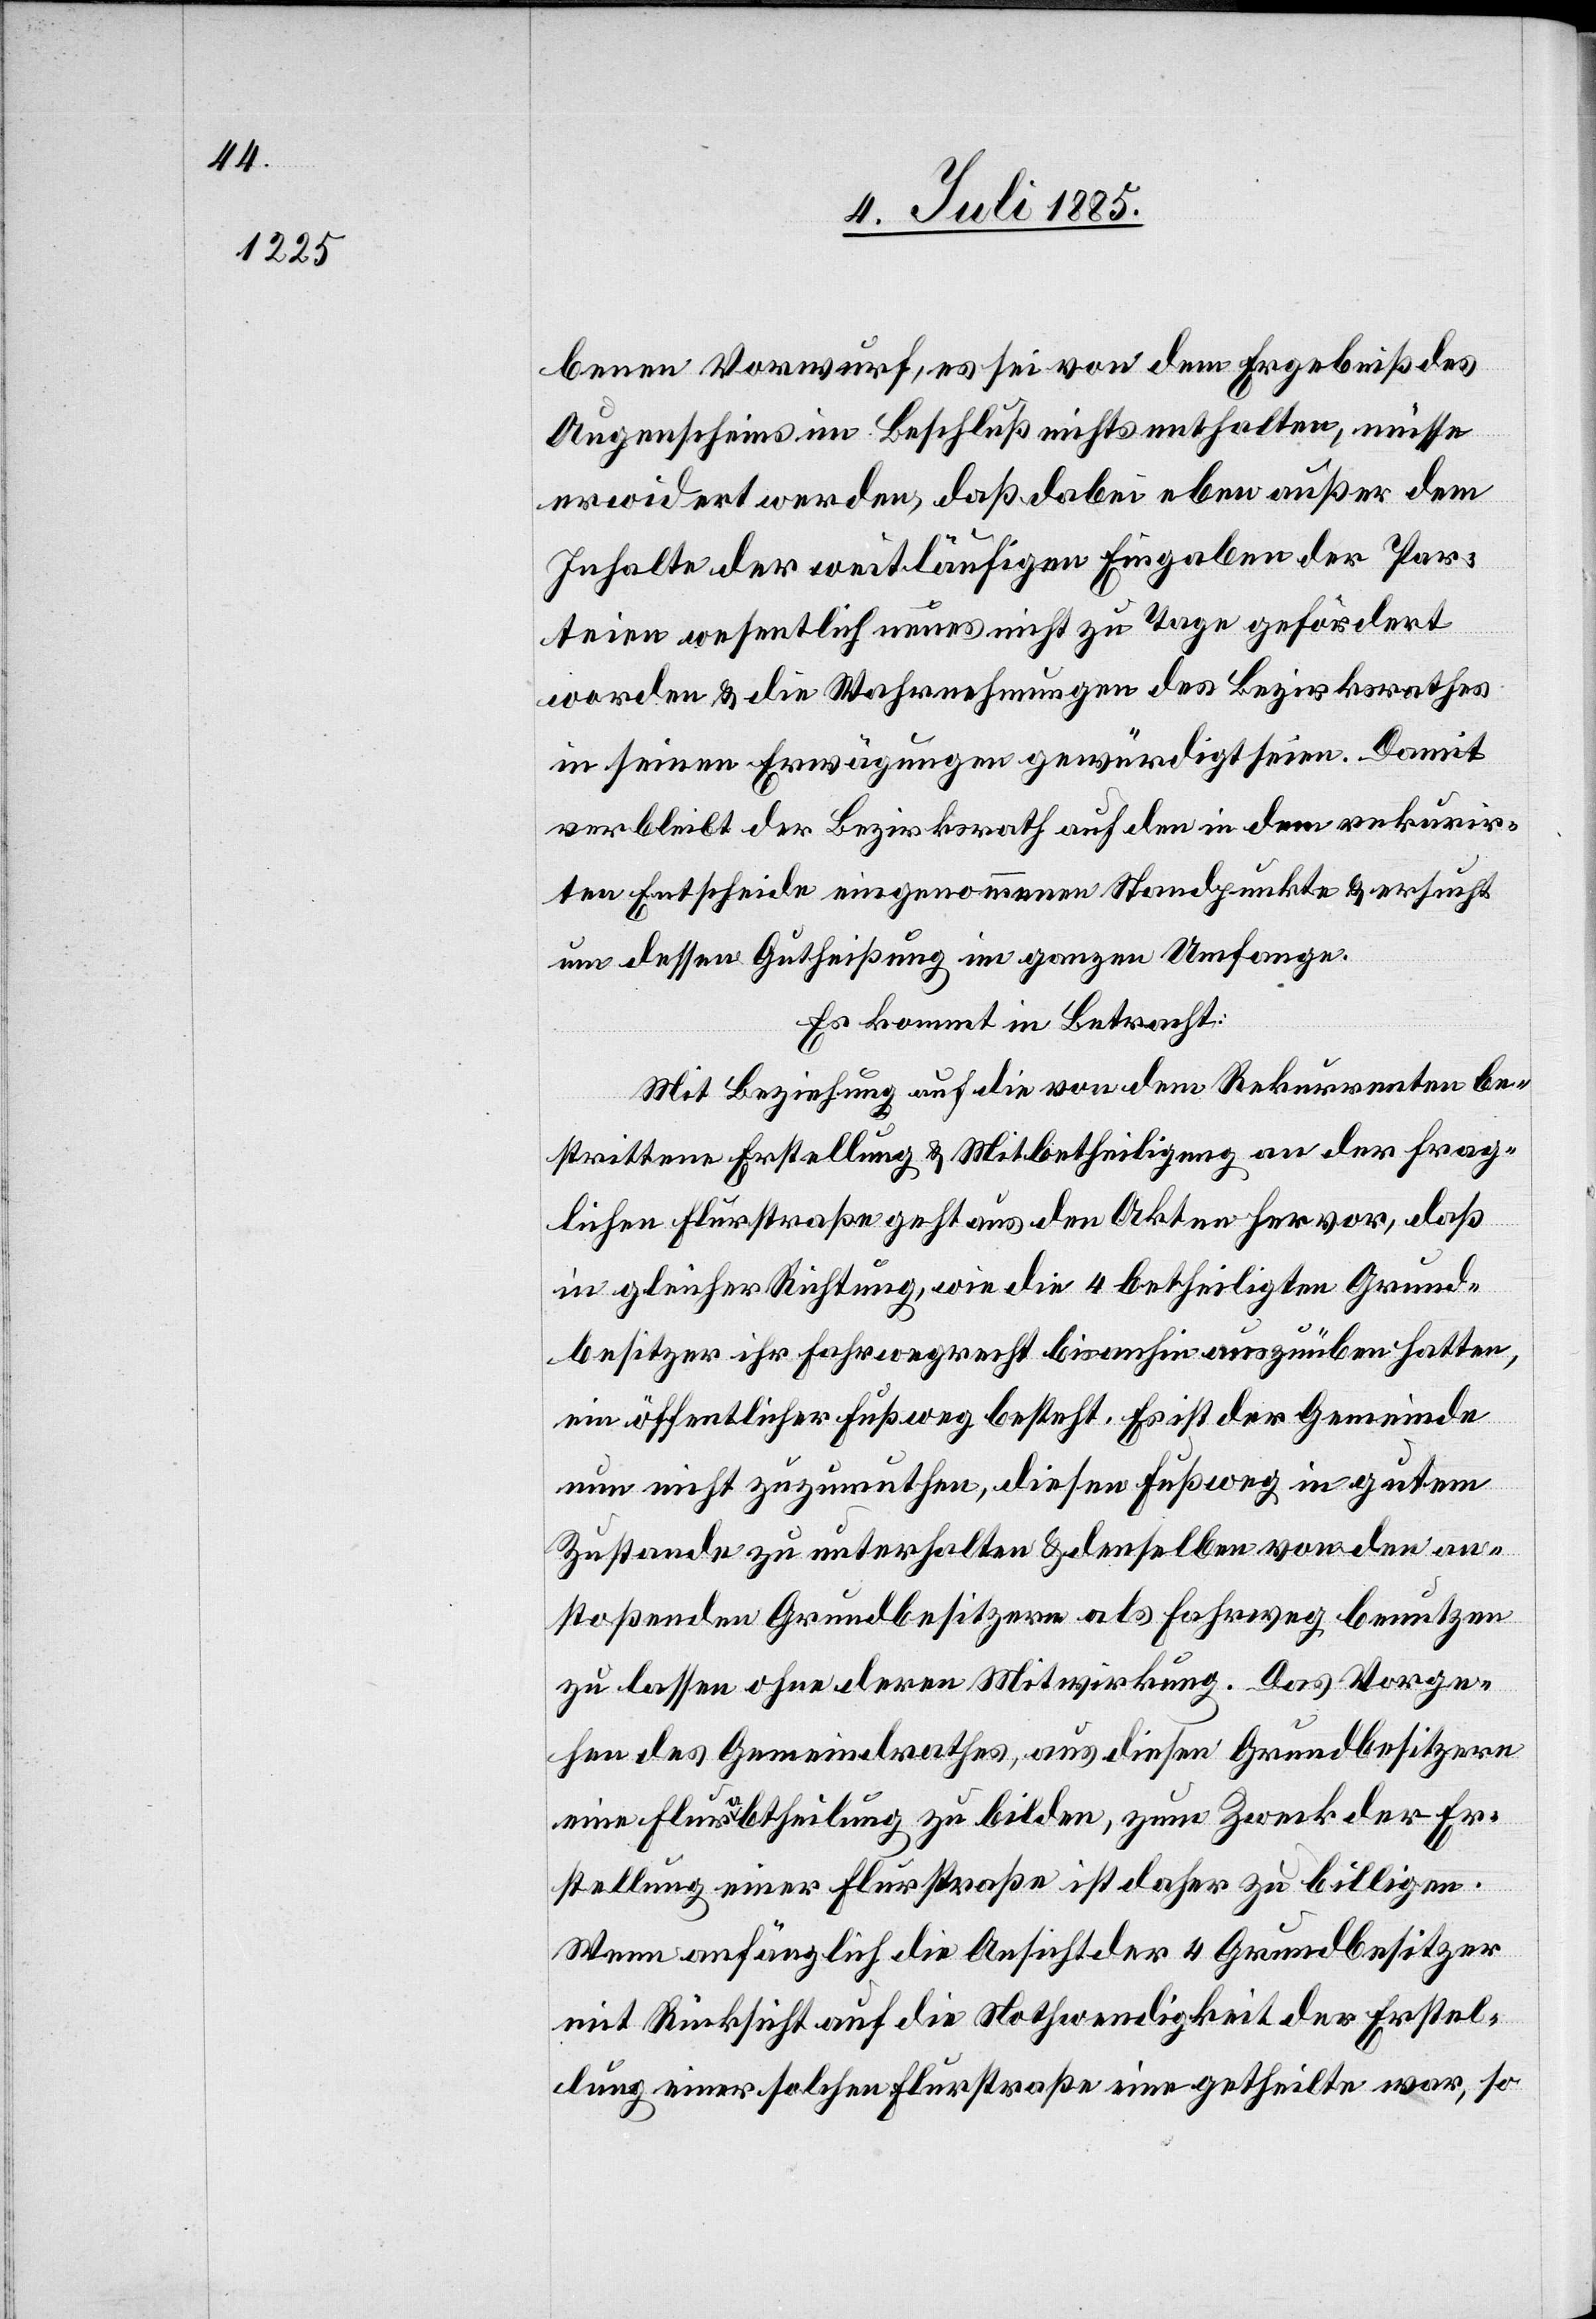
benen Vorwurf, es sei von dem Ergebniß des
Augenscheins im Beschluß nichts enthalten, müsse
erwidert werden, daß dabei eben außer dem
Inhalte der weitläufigen Eingaben der Par¬
teien wesentlich neues nicht zu Tage gefördert
worden & die Wahrnehmungen des Bezirksrathes
in seinen Erwägungen gewürdigt seien. Damit
verbleibt der Bezirksrath auf den in dem rekurrir¬
ten Entscheide eingenommenen Standpunkte & ersucht
um dessen Gutheißung im ganzen Umfange.
Es kommt in Betracht:
Mit Beziehung auf die von dem Rekurrenten be¬
strittene Erstellung & Mitbetheiligung an der frag¬
lichen Flurstraße geht aus den Akten hervor, daß
in gleicher Richtung, wie die 4 betheiligten Grund¬
besitzer ihr Fahrwegrecht bisanhin auszuüben hatten,
ein öffentlicher Fußweg besteht. Es ist der Gemeinde
nun nicht zuzumuthen, diesen Fußweg in gutem
Zustande zu unterhalten & denselben von den an¬
stoßenden Grundbesitzern als Fahrweg benutzen
zu lassen ohne deren Mitwirkung. Das Vorge¬
hen des Gemeindrathes, aus diesen Grundbesitzern
eine Flurabtheilung zu bilden, zum Zwecke der Er¬
stellung einer Flurstraße ist daher zu billigen.
Wenn anfänglich die Ansicht der 4 Grundbesitzer
mit Rücksicht auf die Nothwendigkeit der Erstel¬
lung einer solchen Flurstraße eine getheilte war, so